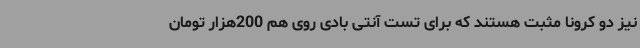
نیز دو کرونا مثبت هستند که برای تست آنتی بادی روی هم 200هزار تومان